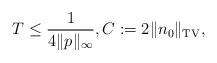
LaTeX: \begin{align*}T \leq \frac{1}{4 \|p\|_{\infty}}, C := 2 \|n_0\|_{\mathrm{TV}},\end{align*}